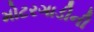
મોટરગાડીની